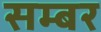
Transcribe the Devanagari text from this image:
सम्बर